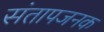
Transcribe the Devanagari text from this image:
संतापजनक